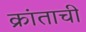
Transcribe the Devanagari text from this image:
क्रांताची